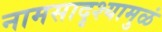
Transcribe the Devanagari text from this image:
नामसादृश्यामुळं